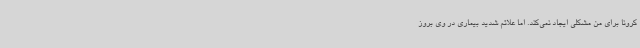
کرونا برای من مشکلی ایجاد نمی‌کند. اما علائم شدید بیماری در وی بروز